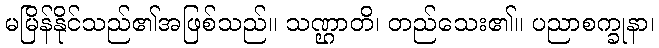
မမြိန်နိုင်သည်၏အဖြစ်သည်။ သဏ္ဌာတိ၊ တည်သေး၏။ ပညာစက္ခုနာ၊